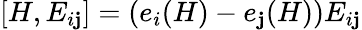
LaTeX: [H,E_{i\mathbf{j}}]=(e_{i}(H)-e_{\mathbf{j}}(H))E_{i\mathbf{j}}